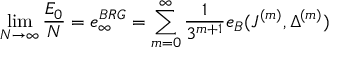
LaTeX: \operatorname * { l i m } _ { N \rightarrow \infty } \frac { E _ { 0 } } { N } = e _ { \infty } ^ { B R G } = \sum _ { m = 0 } ^ { \infty } \frac { 1 } { 3 ^ { m + 1 } } e _ { B } ( J ^ { ( m ) } , \Delta ^ { ( m ) } )